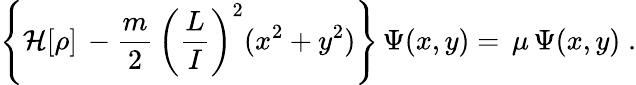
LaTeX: \left\{ {\cal H}[\rho]\, -\frac{m}{2}\, \left(\frac{L}{I}\right)^{2}(x^{2}+y^{2})\right\} \, \Psi(x,y)=\, \mu\, \Psi(x,y)\; .